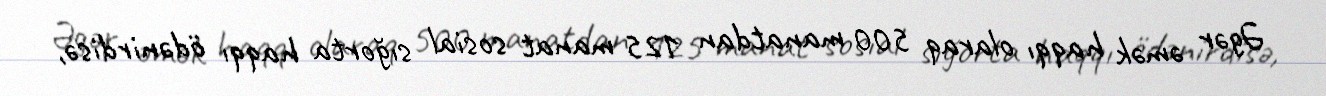
Əgər əmək haqqı olaraq 500 manatdan 125 manat sosial sığorta haqqı ödənirdisə,